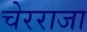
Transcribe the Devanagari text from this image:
चेरराजा